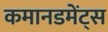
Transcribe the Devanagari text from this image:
कमानडमेंट्स